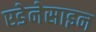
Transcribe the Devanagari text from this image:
एडेनेसाइन